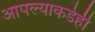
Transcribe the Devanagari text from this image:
आपल्याकडेही